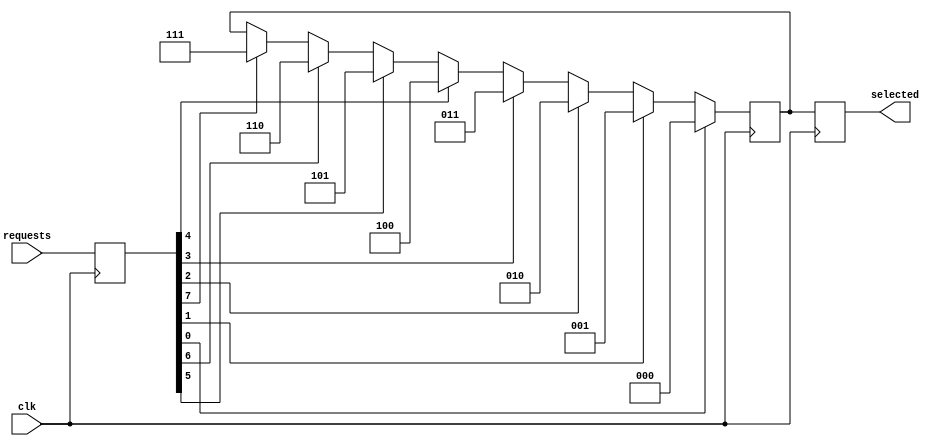
module arbiter (
    input wire clk,
    input wire [7:0] requests,
    output reg [2:0] selected
);

reg [7:0] request_reg;
reg [2:0] priority;
reg [2:0] selected_reg;

always @ (posedge clk) begin
    request_reg <= requests;
    
    if (request_reg[0]) begin
        selected_reg <= 3'b000;
    end else if (request_reg[1]) begin
        selected_reg <= 3'b001;
    end else if (request_reg[2]) begin
        selected_reg <= 3'b010;
    end else if (request_reg[3]) begin
        selected_reg <= 3'b011;
    end else if (request_reg[4]) begin
        selected_reg <= 3'b100;
    end else if (request_reg[5]) begin
        selected_reg <= 3'b101;
    end else if (request_reg[6]) begin
        selected_reg <= 3'b110;
    end else if (request_reg[7]) begin
        selected_reg <= 3'b111;
    end
    
    selected <= selected_reg;
end

endmodule